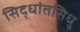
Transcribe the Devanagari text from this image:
सिद्धांतसिधु